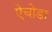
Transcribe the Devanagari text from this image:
ऐचोडा